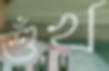
শুঁখ